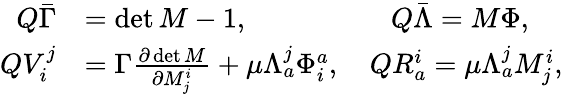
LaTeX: \begin{array}{rl}{Q\bar{\Gamma}}&{=\operatorname*{det}M-1,\qquad\qquad\quad Q\bar{\Lambda}=M\Phi,}\\ {QV_{i}^{j}}&{=\Gamma\frac{\partial\operatorname*{det}M}{\partial M_{j}^{i}}+\mu\Lambda_{a}^{j}\Phi_{i}^{a},\quad QR_{a}^{i}=\mu\Lambda_{a}^{j}M_{j}^{i},}\end{array}